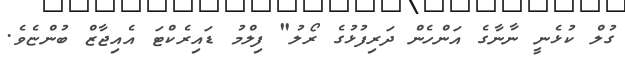
ގުލް ކުޅެނީ ނާނާގެ އަންހެން ދަރިފުޅުގެ ރޯލު" ފިލްމު ޑައިރެކްޓަ އެއިޖާޒް ބުންޏެވެ.